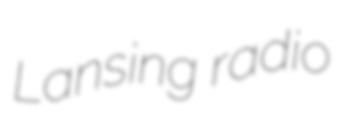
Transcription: Lansing radio